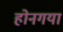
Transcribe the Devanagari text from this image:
होनगया